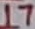
Text: 17